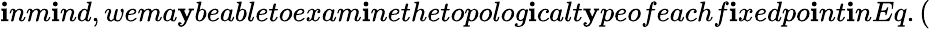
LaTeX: \mathbf{i}nm\mathbf{i}nd,wema\mathbf{y}beabletoexam\mathbf{i}nethetopolog\mathbf{i}calt\mathbf{y}peofeachf\mathbf{i}xedpo\mathbf{i}nt\mathbf{i}nEq.(